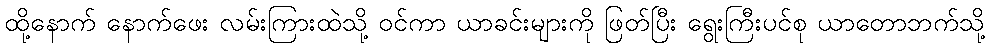
ထို့နောက် နောက်ဖေး လမ်းကြားထဲသို့ ဝင်ကာ ယာခင်းများကို ဖြတ်ပြီး ရွေးကြီးပင်စု ယာတောဘက်သို့